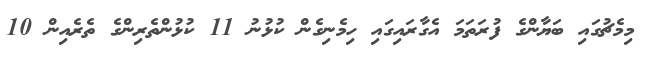
މިމެޗުގައި ބަޔާންގެ ފުރަތަމަ އެގާރައިގައި ހިމެނިގެން ކުޅުނު 11 ކުޅުންތެރިންގެ ތެރެއިން 10